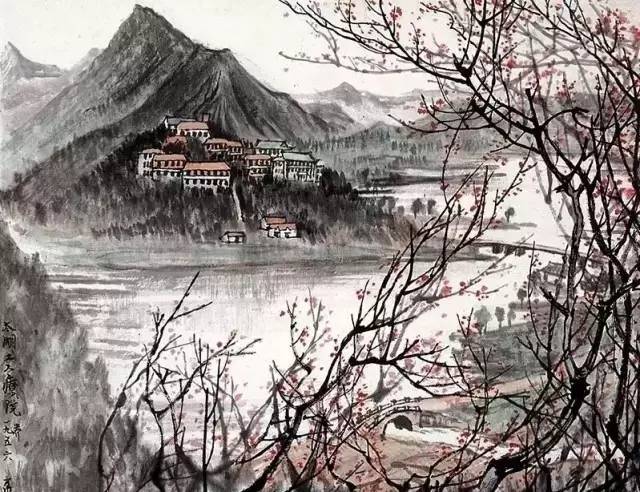
天下国家，可均也爵禄，可辞也白刃，可蹈也中庸不可能也。